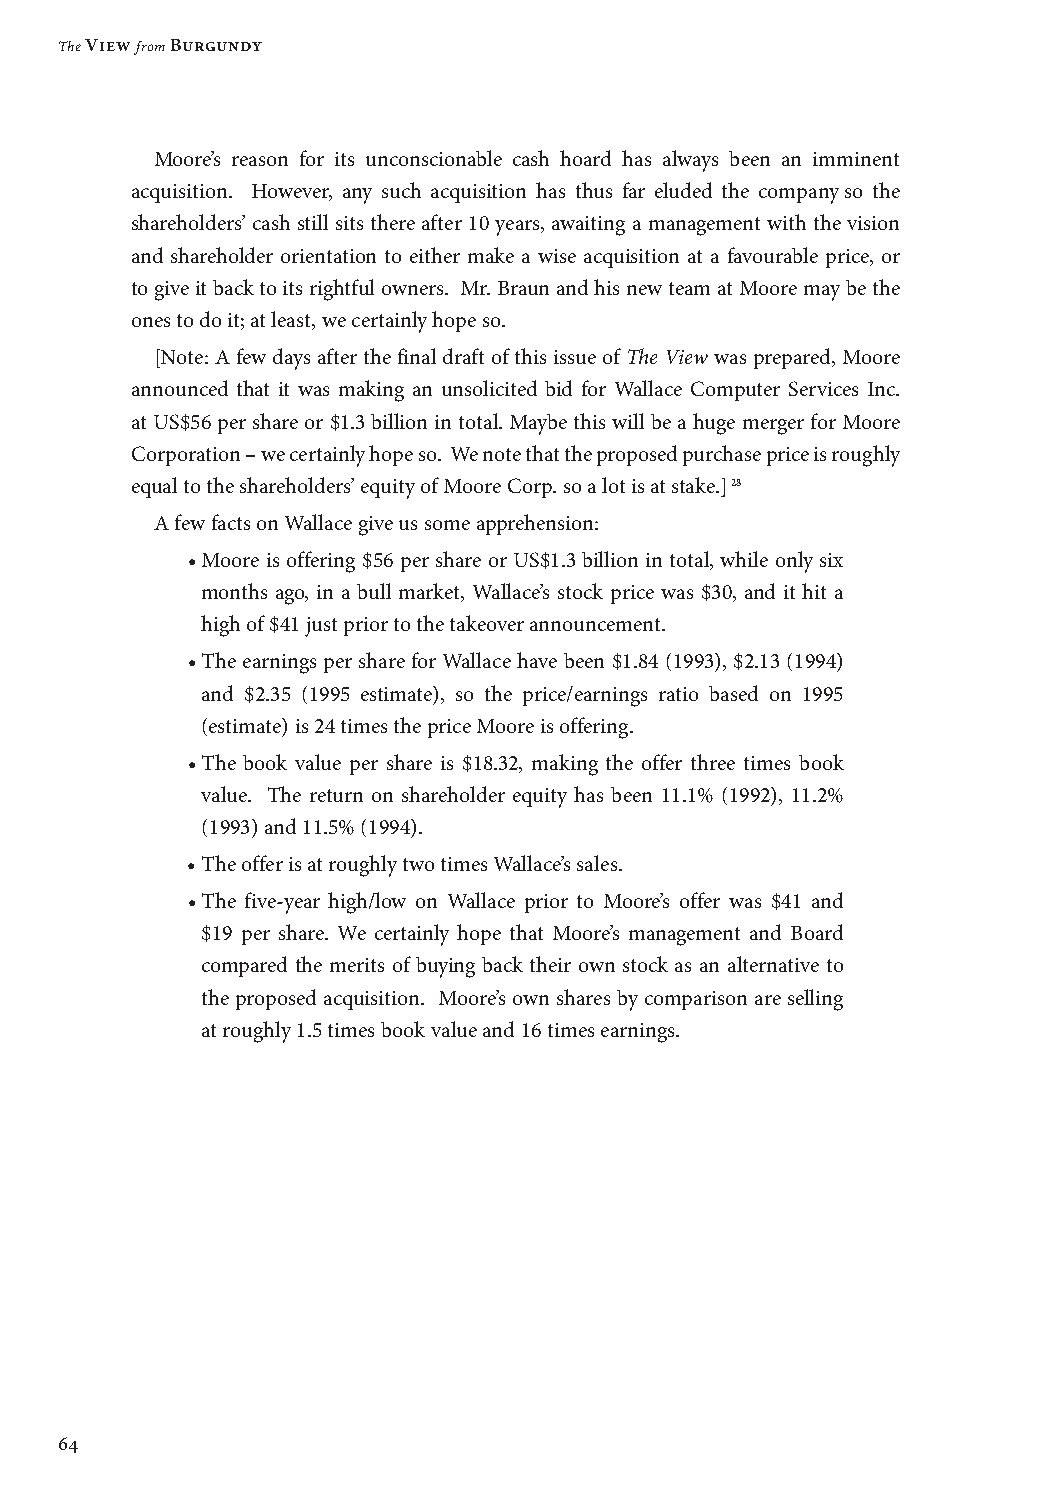
The View from Burgundy
 Moore’s reason for its unconscionable cash hoard has always been an imminent
 acquisition. However, any such acquisition has thus far eluded the company so the
 shareholders’ cash still sits there after 10 years, awaiting a management with the vision
 and shareholder orientation to either make a wise acquisition at a favourable price, or
 to give it back to its rightful owners. Mr. Braun and his new team at Moore may be the
 ones to do it; at least, we certainly hope so.
 [Note: A few days after the final draft of this issue of The View was prepared, Moore
 announced that it was making an unsolicited bid for Wallace Computer Services Inc.
 at US$56 per share or $1.3 billion in total. Maybe this will be a huge merger for Moore
 Corporation – we certainly hope so. We note that the proposed purchase price is roughly
 equal to the shareholders’ equity of Moore Corp. so a lot is at stake.] 28
 A few facts on Wallace give us some apprehension:
 • Moore is offering $56 per share or US$1.3 billion in total, while only six
 months ago, in a bull market, Wallace’s stock price was $30, and it hit a
 high of $41 just prior to the takeover announcement.
 • The earnings per share for Wallace have been $1.84 (1993), $2.13 (1994)
 and $2.35 (1995 estimate), so the price/earnings ratio based on 1995
 (estimate) is 24 times the price Moore is offering.
 • The book value per share is $18.32, making the offer three times book
 value. The return on shareholder equity has been 11.1% (1992), 11.2%
 (1993) and 11.5% (1994).
 • The offer is at roughly two times Wallace’s sales.
 • The five-year high/low on Wallace prior to Moore’s offer was $41 and
 $19 per share. We certainly hope that Moore’s management and Board
 compared the merits of buying back their own stock as an alternative to
 the proposed acquisition. Moore’s own shares by comparison are selling
 at roughly 1.5 times book value and 16 times earnings.
 64